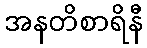
အနတိစာရိနီ